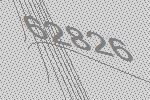
62826